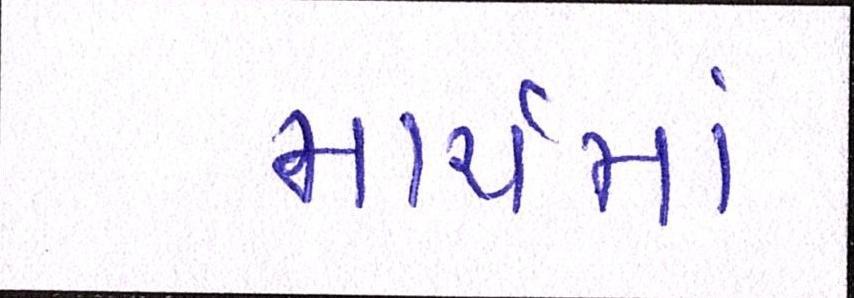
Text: માર્ચમાં